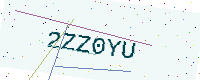
Text: 2ZZ0YU